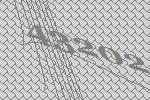
43202